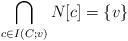
LaTeX: \begin{align*}\bigcap_{c \in I(C;v)} N[c] = \{v \} \end{align*}